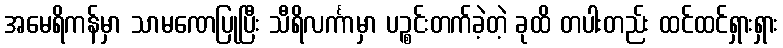
အမေရိကန်မှာ သာမဏေပြုပြီး သီရိလင်္ကာမှာ ပဉ္စင်းတက်ခဲ့တဲ့ ခုထိ တပါးတည်း ထင်ထင်ရှားရှား